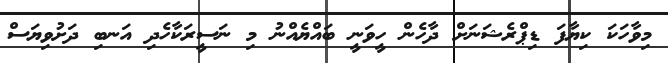
މިވާހަކަ ކިޔާފަ ޑިޕްރެޝަނަށް ދާހެން ހީވަނީ ބައްޔެއްނު މި ނަސީރަކާހެދި އަނބި ދަށުވިޔަސް